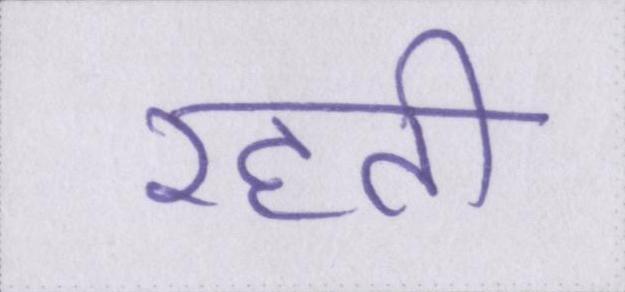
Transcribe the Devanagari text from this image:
रहती